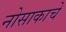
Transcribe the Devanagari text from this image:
नोसाकाचे